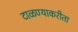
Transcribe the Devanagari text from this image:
टाळण्याकरीता